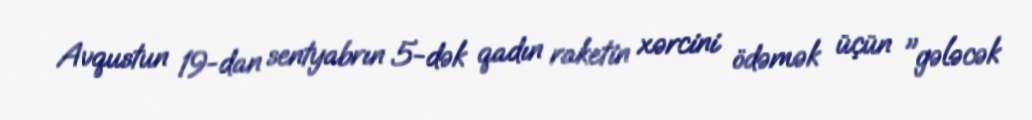
Avqustun 19-dan sentyabrın 5-dək qadın raketin xərcini ödəmək üçün "gələcək